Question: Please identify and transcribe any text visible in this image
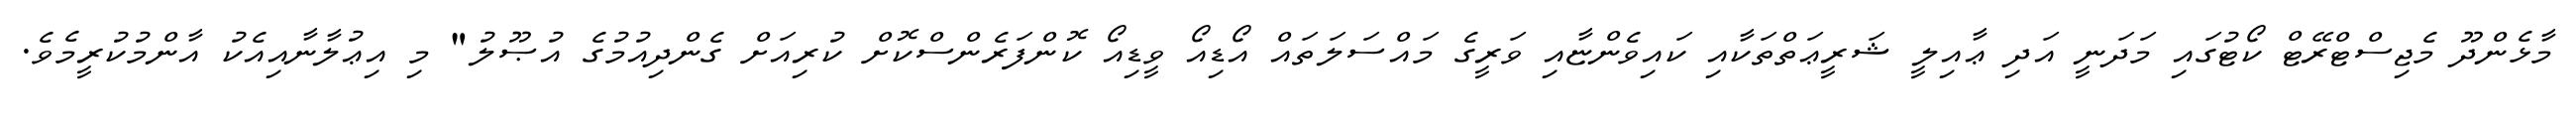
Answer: މާޅެންދޫ މެޖިސްޓްރޭޓް ކޯޓުގައި މަދަނީ އަދި ޢާއިލީ ޝަރީޢަތްތަކާއި ކައިވެންޏާއި ވަރީގެ މައްސަލަތައް އޯޑިއޯ ވީޑިއޯ ކޮންފަރެންސްކޮށް ކުރިއަށް ގެންދިއުމުގެ އުޞޫލު" މި އިޢުލާނާއިއެކު އާންމުކުރީމެވެ.